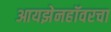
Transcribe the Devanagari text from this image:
आयझेनहॉवरचा